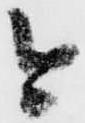
今